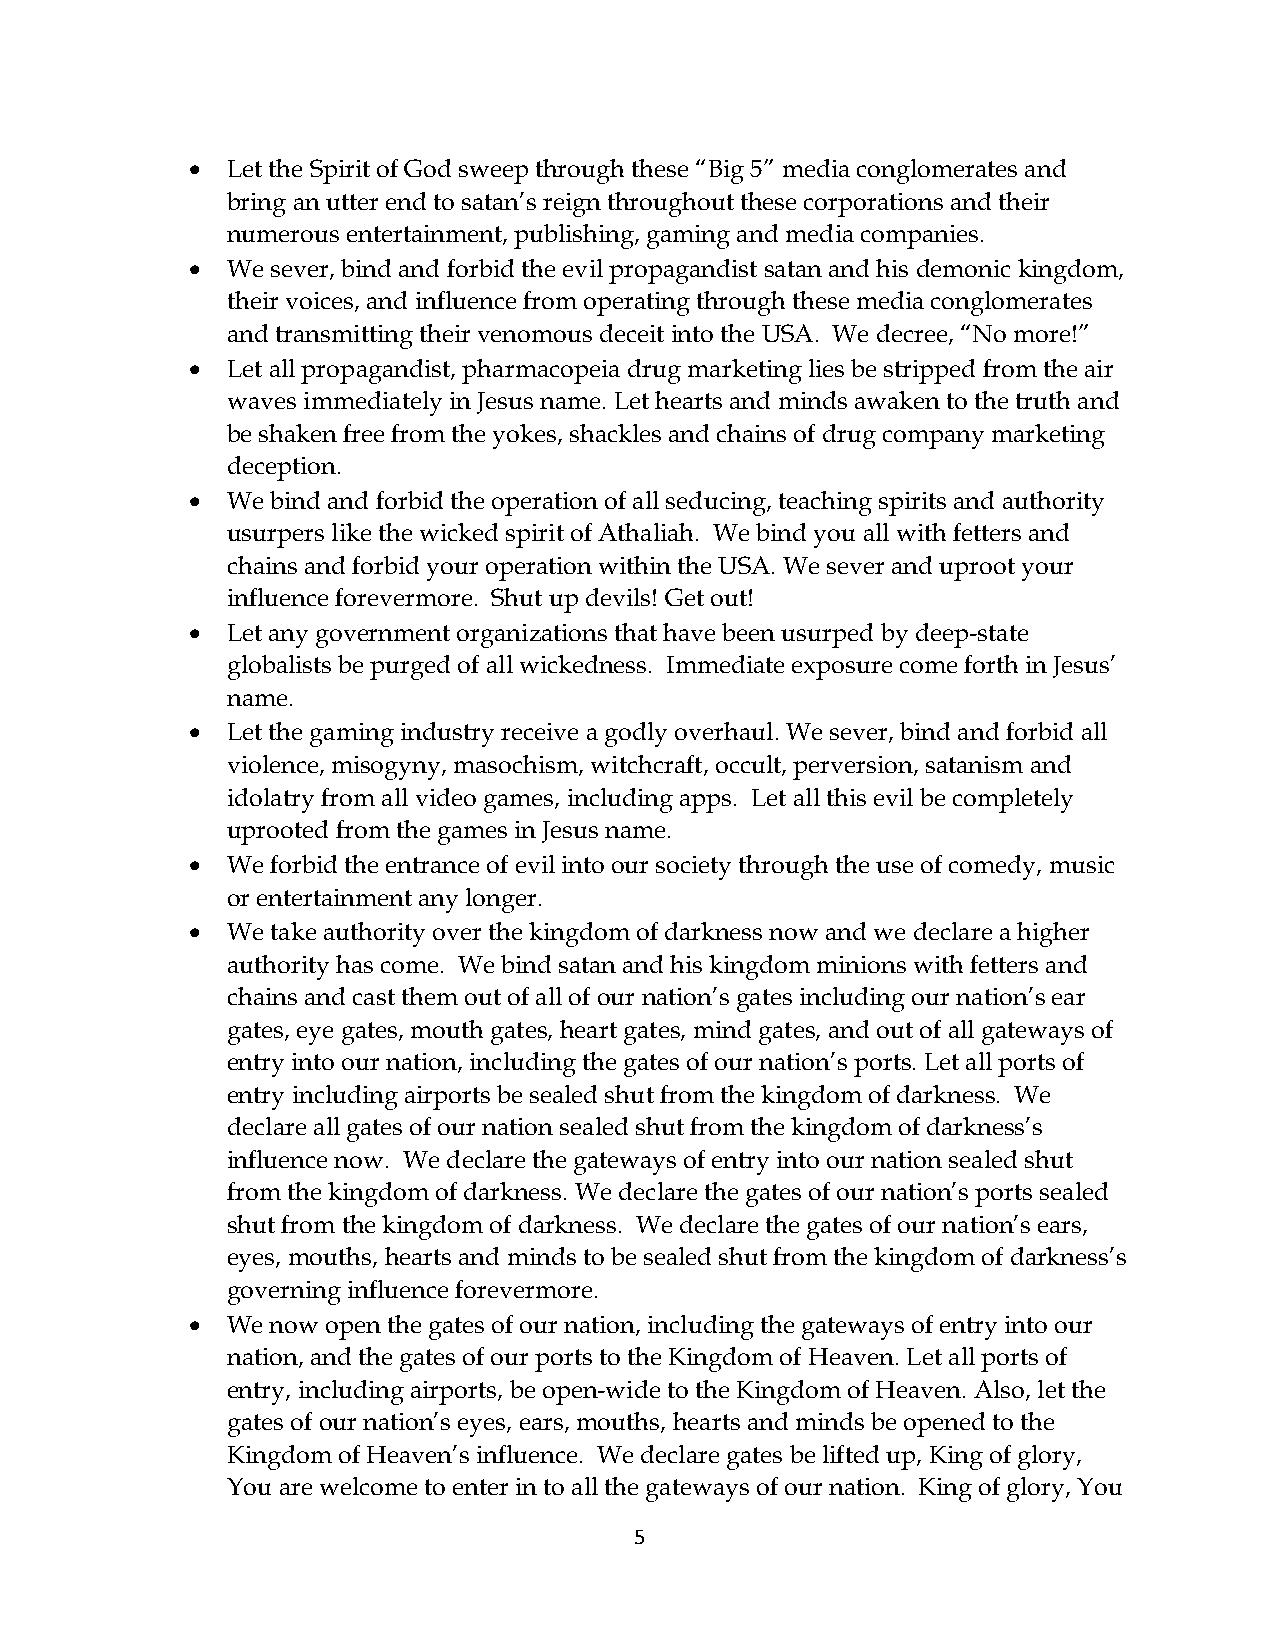
• Let the Spirit of God sweep through these “Big 5” media conglomerates and
 bring an utter end to satan’s reign throughout these corporations and their
 numerous entertainment, publishing, gaming and media companies.
 • We sever, bind and forbid the evil propagandist satan and his demonic kingdom,
 their voices, and influence from operating through these media conglomerates
 and transmitting their venomous deceit into the USA. We decree, “No more!”
 • Let all propagandist, pharmacopeia drug marketing lies be stripped from the air
 waves immediately in Jesus name. Let hearts and minds awaken to the truth and
 be shaken free from the yokes, shackles and chains of drug company marketing
 deception.
 • We bind and forbid the operation of all seducing, teaching spirits and authority
 usurpers like the wicked spirit of Athaliah. We bind you all with fetters and
 chains and forbid your operation within the USA. We sever and uproot your
 influence forevermore. Shut up devils! Get out!
 • Let any government organizations that have been usurped by deep-state
 globalists be purged of all wickedness. Immediate exposure come forth in Jesus’
 name.
 • Let the gaming industry receive a godly overhaul. We sever, bind and forbid all
 violence, misogyny, masochism, witchcraft, occult, perversion, satanism and
 idolatry from all video games, including apps. Let all this evil be completely
 uprooted from the games in Jesus name.
 • We forbid the entrance of evil into our society through the use of comedy, music
 or entertainment any longer.
 • We take authority over the kingdom of darkness now and we declare a higher
 authority has come. We bind satan and his kingdom minions with fetters and
 chains and cast them out of all of our nation’s gates including our nation’s ear
 gates, eye gates, mouth gates, heart gates, mind gates, and out of all gateways of
 entry into our nation, including the gates of our nation’s ports. Let all ports of
 entry including airports be sealed shut from the kingdom of darkness. We
 declare all gates of our nation sealed shut from the kingdom of darkness’s
 influence now. We declare the gateways of entry into our nation sealed shut
 from the kingdom of darkness. We declare the gates of our nation’s ports sealed
 shut from the kingdom of darkness. We declare the gates of our nation’s ears,
 eyes, mouths, hearts and minds to be sealed shut from the kingdom of darkness’s
 governing influence forevermore.
 • We now open the gates of our nation, including the gateways of entry into our
 nation, and the gates of our ports to the Kingdom of Heaven. Let all ports of
 entry, including airports, be open-wide to the Kingdom of Heaven. Also, let the
 gates of our nation’s eyes, ears, mouths, hearts and minds be opened to the
 Kingdom of Heaven’s influence. We declare gates be lifted up, King of glory,
 You are welcome to enter in to all the gateways of our nation. King of glory, You
 5